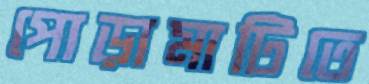
পোড়ামাটিতে